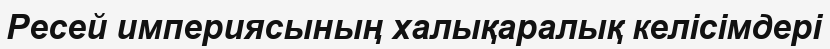
Ресей империясының халықаралық келісімдері